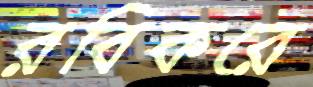
রবিকরে